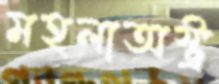
মহলাঅস্ট্র